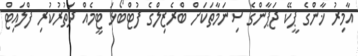
އާމިރު ޚާންގެ ޕީކޭ ޖަޕާންގެ ސިނަމާތަކަށް ބްރެޒިލްގެ ފުޓްބޯޅަ ޓީމެއް ދަތުރުކުރި ފްލައިޓް